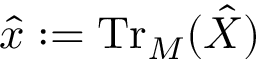
\hat { x } : = \operatorname { T r } _ { M } ( \hat { X } )